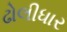
ઢોલીધાર